Indian journal of veterinary science and animal husbandry - Volumes 18-21, 1948-1951
Year: 1948
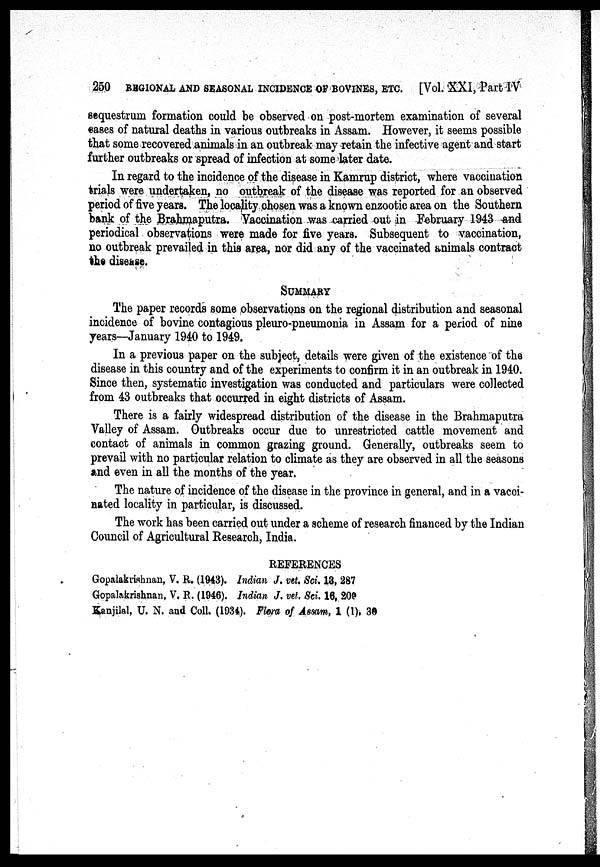
250 REGIONAL AND SEASONAL INCIDENCE OF BOVINES, ETC.
[Vol. XXI, Part IV
sequestrum formation could be observed on post-mortem examination of several
cases of natural deaths in various outbreaks in Assam. However, it seems possible
that some recovered animals in an outbreak may retain the infective agent and start
further outbreaks or spread of infection at some later date.
In regard to the incidence of the disease in Kamrup district, where vaccination
trials were undertaken, no outbreak of the disease was reported for an observed
period of five years. The locality chosen was a known enzootic area on the Southern
bank of the Brahmaputra. Vaccination was carried out in February 1943 and
periodical observations were made for five years. Subsequent to vaccination,
no outbreak prevailed in this area, nor did any of the vaccinated animals contract
the disease.
SUMMARY
The paper records some observations on the regional distribution and seasonal
incidence of bovine contagious pleuro-pneumonia in Assam for a period of nine
years—January 1940 to 1949.
In a previous paper on the subject, details were given of the existence of the
disease in this country and of the experiments to confirm it in an outbreak in 1940.
Since then, systematic investigation was conducted and particulars were collected
from 43 outbreaks that occurred in eight districts of Assam.
There is a fairly widespread distribution of the disease in the Brahmaputra
Valley of Assam. Outbreaks occur due to unrestricted cattle movement and
contact of animals in common grazing ground. Generally, outbreaks seem to
prevail with no particular relation to climate as they are observed in all the seasons
and even in all the months of the year.
The nature of incidence of the disease in the province in general, and in a vacci-
nated locality in particular, is discussed.
The work has been carried out under a scheme of research financed by the Indian
Council of Agricultural Research, India.
REFERENCES
Gopalakrishnan, V. R. (1943). Indian J. vet. Sci. 13, 287
Gopalakrishnan, V. R. (1946). Indian J. vet. Sci. 16, 200
Kanjilal, U. N. and Coll. (1934). Flora of Assam, 1 (1), 30